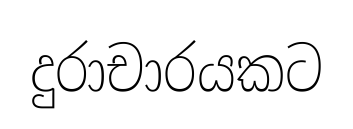
දුරාචාරයකට